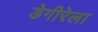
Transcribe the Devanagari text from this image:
डेगीरेला